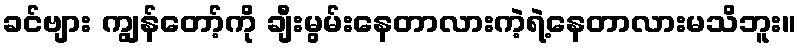
ခင်ဗျား ကျွန်တော့်ကို ချီးမွမ်းနေတာလားကဲ့ရဲ့နေတာလားမသိဘူး။